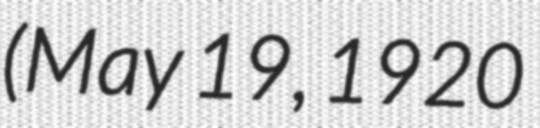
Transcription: (May 19, 1920